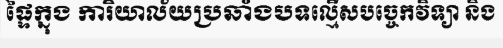
ផ្ទៃក្នុង ការិយាល័យប្រឆាំងបទល្មើសបច្ចេកវិទ្យា និង